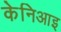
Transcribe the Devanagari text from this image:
केनिआइ